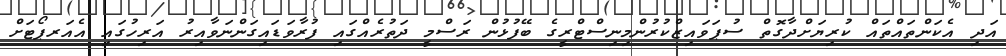
އަދި އެކަންތައްތައް ކުރިޔަށްދާގޮތް ސުޕަވައިޒްކުރުންމިނިސްޓްރީގެ ބޭފުޅުން ރަސްމީ ދަތުރެއްގައި ފުރާވަޑައިގަންނަވާއިރު އަރިހުގައި އެއަރޕޯޓަށް